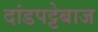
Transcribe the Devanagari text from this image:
दांडपट्टेबाज